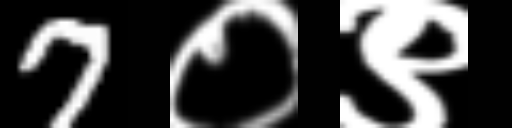
Text: 7०९